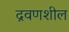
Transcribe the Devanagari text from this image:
द्रवणशील